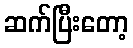
ဆက်ပြီးတော့